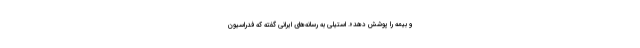
و بیمه را پوشش دهد». استیلی به رسانه‌های ایرانی گفته که فدراسیون